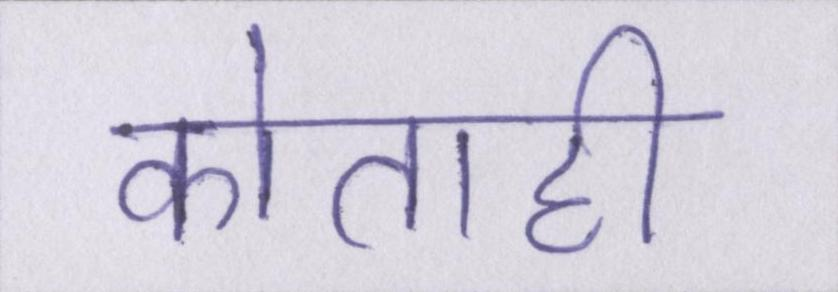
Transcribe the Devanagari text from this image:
कोताही